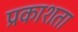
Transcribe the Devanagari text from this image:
प्रकाशता